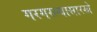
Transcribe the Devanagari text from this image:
गरगरल्यासारखे